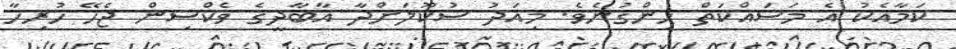
ކަމާއެކު އެ މަސައްކަތް ހިންގުނެވެ. މިއަދު ސުކޫލަށްދާ އާބާދީގެ ވެކްސިން ޖެހޭ ހުރިހާ